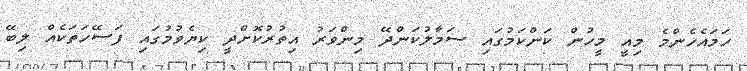
ހަމައެހެންމެ މިއީ މީހުން ކަންކަމުގައި ސަމާލުކަންދޭ މިންވަރު އިތުރުކޮށްދީ ކިޔެވުމުގައި ފަސޭހަތަކެއް ލިބޭ